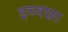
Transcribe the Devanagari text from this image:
इच्वछा